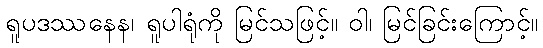
ရူပဒဿနေန၊ ရူပါရုံကို မြင်သဖြင့်။ ဝါ၊ မြင်ခြင်းကြောင့်။